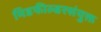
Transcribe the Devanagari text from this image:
मिडफील्डरसंयुक्त